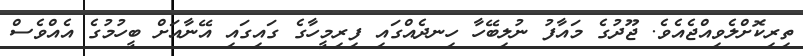
ތިރިކޮށްލެވިއްޖެއެވެ. ޖޫދުގެ މައާފު ނުލިބޭހާ ހިނދެއްގައި ފިރިމީހާގެ ގައިގައި އޭނާއަށް ބީހުމުގެ އެއްވެސް